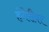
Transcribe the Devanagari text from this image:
हंगेरीवर